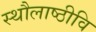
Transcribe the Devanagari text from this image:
स्थौलाष्ठीवि